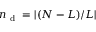
n _ { \mathrm { ~ d ~ } } = | ( N - L ) / L |